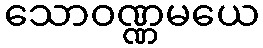
သောဝဏ္ဏမယေ